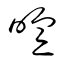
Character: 暄